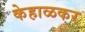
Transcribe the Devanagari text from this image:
केहाळकर